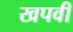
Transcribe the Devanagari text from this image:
खपवी